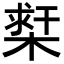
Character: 𣗲